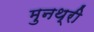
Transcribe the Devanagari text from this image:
मुनथ्री